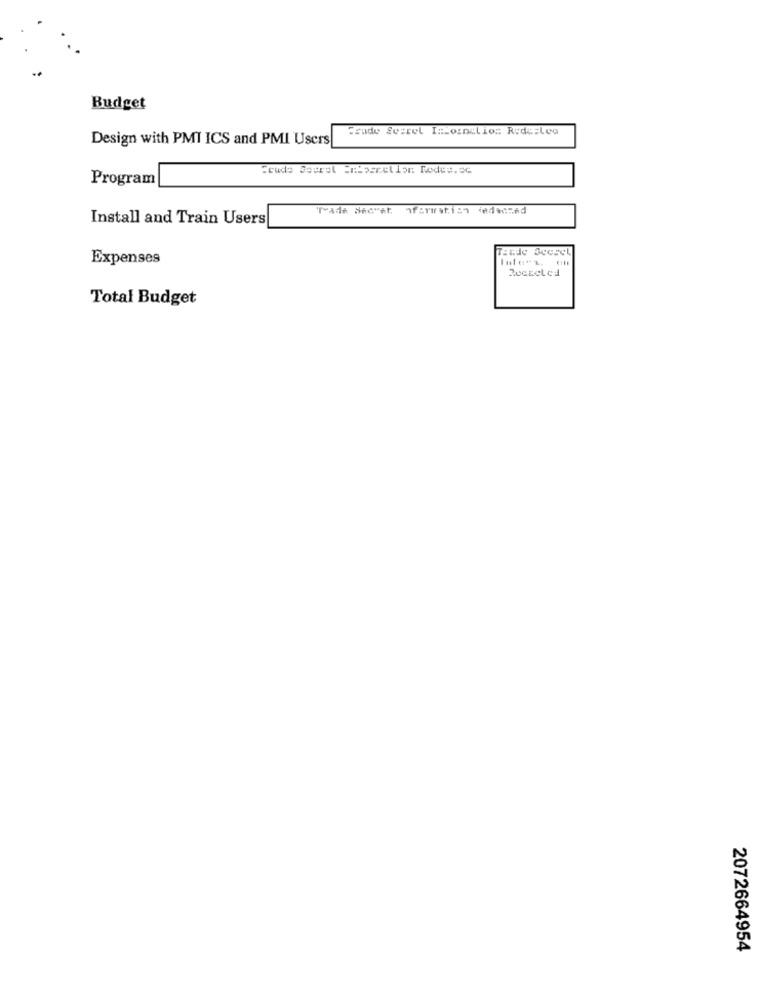
Budget
Trude Sverel I Loroclios RedesLea
Design with PMI ICS and PMI Users
crudo Sourel Emberrelion Rodes.CC
Program
Trade Secret ofarmatica dedeand
Install and Train Users
Expenses
Rocketed
Total Budget
2072664954